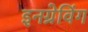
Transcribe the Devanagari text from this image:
इनग्रेविंग